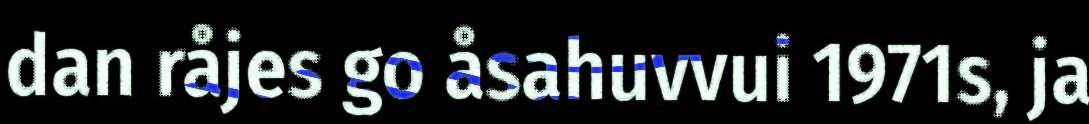
dan råjes go åsahuvvui 1971s, ja